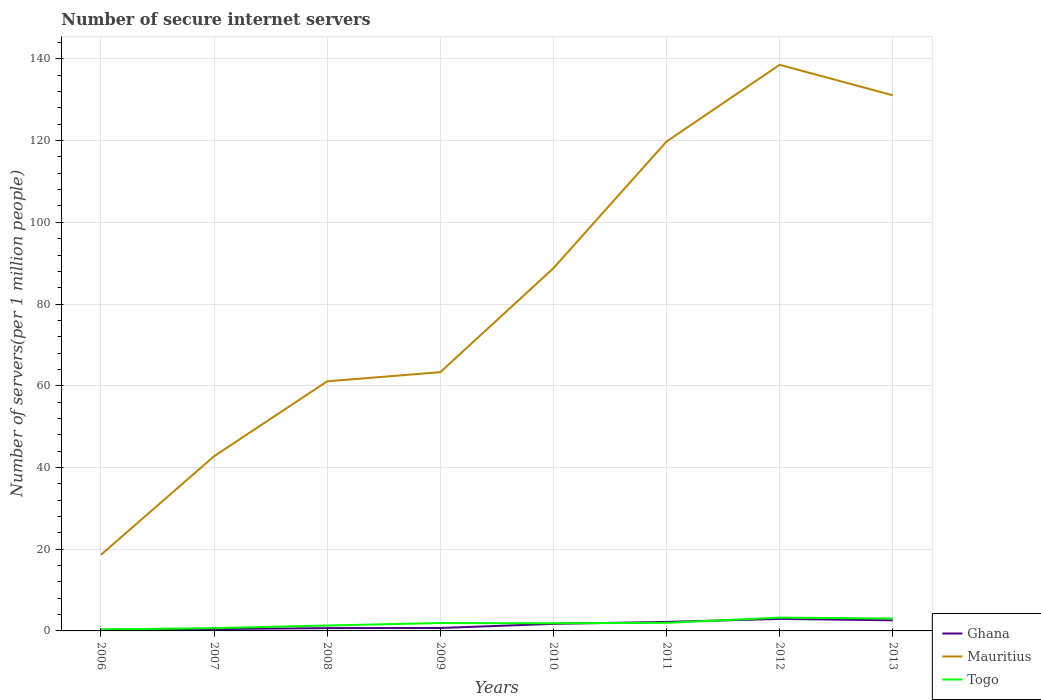
| Years | Ghana | Mauritius | Togo |
 | --- | --- | --- | --- |
 | 2006 | 0.319 | 18.6 | 0.349 |
 | 2007 | 0.444 | 42.8 | 0.679 |
 | 2008 | 0.692 | 61.1 | 1.32 |
 | 2009 | 0.717 | 63.3 | 1.93 |
 | 2010 | 1.73 | 88.8 | 1.88 |
 | 2011 | 2.21 | 120 | 1.98 |
 | 2012 | 2.94 | 139 | 3.26 |
 | 2013 | 2.6 | 131 | 3.03 |